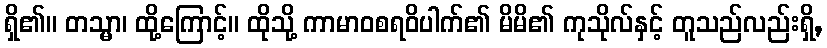
ရှိ၏။ တသ္မာ၊ ထို့ကြောင့်။ ထိုသို့ ကာမာဝစရဝိပါက်၏ မိမိ၏ ကုသိုလ်နှင့် တူသည်လည်းရှိ,